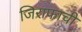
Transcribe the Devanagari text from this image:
जिराफाची